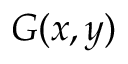
G ( x , y )